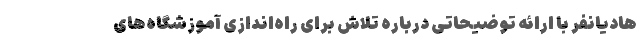
هادیانفر با ارائه توضیحاتی درباره تلاش برای راه‌اندازی آموزشگاه‌های